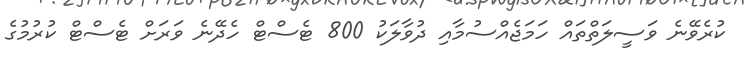
ކުރެވޭނެ ވަސީލަތްތައް ހަމަޖެއްސުމާއި ދުވާލަކު 800 ޓެސްޓް ހެދޭނެ ވަރަށް ޓެސްޓް ކުރުމުގެ